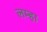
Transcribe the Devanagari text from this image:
लम्हा